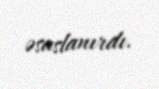
əsaslanırdı.